Lunatic asylums in Bengal annual reports 1888-1898 - 1888-1898
Year: 1888
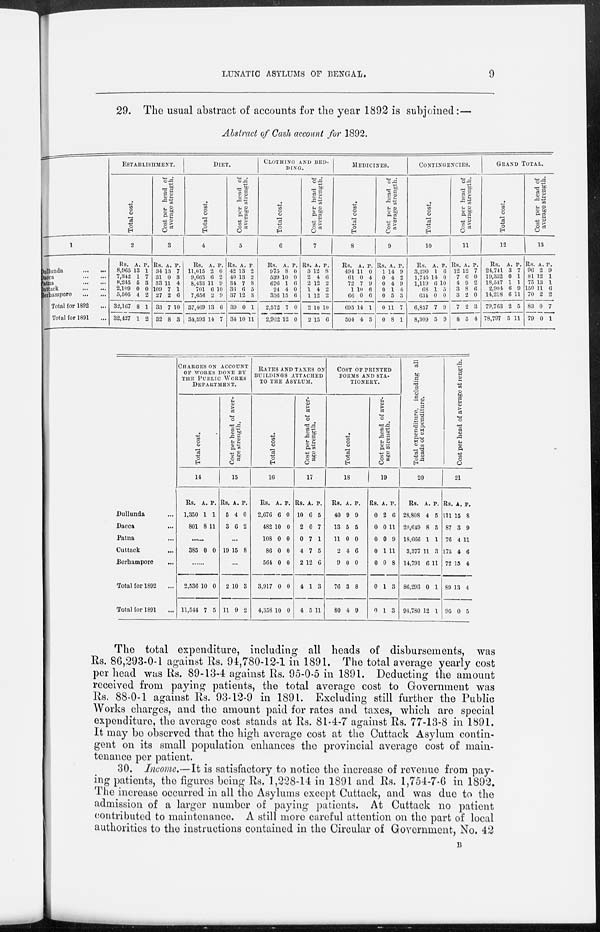
LUNATIC ASYLUMS OF BENGAL.
9
29. The usual abstract of accounts for the year 1892 is subjoined :—
Abstract of Cash account for 1892.
1
Dullunda
...
...
Dacca
...
...
Patna
...
...
Cuttack
...
...
Berhampore
...
...
Total for 1892 ...
Total for 1891 ...
ESTABLISHMENT.
Total cost.
2
Rs.
8,965
7,342
8,245
2,109
5,505
32,167
32,427
A.
13
1
5
0
4
8
1
P.
1
7
3
0
2
1
2
Cost per
head of
average strength.
3
Rs.
34
31
33
109
27
33
32
A.
13
0
11
7
2
7
8
P.
7
3
4
1
6
10
3
DIET.
Total cost.
4
Rs.
11,615
9,663
8,433
701
7,656
37,469
34,593
A.
2
6
11
6
2
13
14
P.
0
2
9
10
9
6
7
Cost per
head of
average strength.
5
Rs.
42
40
34
36
37
39
34
A.
13
13
7
6
12
0
10
P.
2
2
8
5
3
1
11
CLOTHING AND BED-
----.
Total cost.
6
Rs.
975
539
676
24
356
2,572
2,962
A.
8
10
1
4
15
7
12
P.
0
0
6
0
6
0
0
Cost per head of
average strength.
7
Rs.
3
2
2
1
1
2
2
A.
12
4
12
4
12
10
15
P.
8
6
2
2
2
10
6
MEDICINES.
Total cost.
8
Rs.
494
61
72
1
66
695
504
A.
11
0
7
10
0
14
4
P.
0
4
9
6
6
1
5
Cost per head of
average strength.
9
Rs.
1
0
0
0
0
0
0
A.
14
4
4
1
5
11
8
P.
9
2
9
4
3
7
1
CONTINGENCIES.
Total cost.
10
Rs.
3,290
1,745
1,119
68
634
6,857
8,309
A.
1
14
6
1
0
7
5
P.
6
0
10
5
0
9
9
Cost per head of
average strength.
11
Rs.
12
7
4
3
3
7
8
A.
12
6
9
8
2
2
5
P.
7
0
2
6
0
3
4
GRAND TOTAL.
Total cost.
12
Rs.
24,741
19,352
18,547
2,904
14,218
79,763
78,797
A.
3
0
1
6
0
2
5
P.
7
1
1
9
11
5
11
Cost per head of
average strength.
13
Rs.
96
81
75
150
70
83
79
A.
2
12
13
11
2
0
0
P.
9
1
1
6
2
7
1
Dullunda ...
Dacca ...
Patna ...
Cuttack ...
Berhampore ...
Total for 1892 ...
Total for 1891 ...
CHARGES ON ACCOUNT
OF WORKS DONE BY
THE PUBLIC WORKS
DEPARTMENT.
Total cost.
14
Rs.
1,350
801
A.
1
8
P.
1
11
......
385 0 0
......
2,536
11,544
10
7
0
5
Cost per head of aver-
age strength.
15
Rs.
5
3
A.
4
6
P.
0
2
...
19 15 8
...
2
11
10
9
3
2
RATES AND TAXES ON
BUILDINGS ATTACHED
TO THE ASYLUM.
Total cost.
16
Rs.
2,676
482
108
86
564
3,917
4,358
A.
6
10
0
0
0
0
10
P.
0
0
0
0
0
0
0
Cost per head of aver-
age strength.
17
Rs.
10
2
0
4
2
4
4
A.
6
0
7
7
12
1
5
P.
5
7
1
5
6
3
11
COST OF PRINTED
FORMS AND STA-
TIONERY.
Total cost.
18
Rs.
40
13
11
2
9
76
80
A.
9
5
0
4
0
3
4
P.
9
5
0
6
0
8
9
Cost per head of aver-
age strength.
19
Rs.
0
0
0
0
0
0
0
A.
2
0
0
1
0
1
1
P.
6
11
9
11
8
3
3
Total expenditure, including all
heads of expenditure.
20
Rs.
28,808
20,649
18,666
3,377
14,791
86,293
94,780
A.
4
8
1
11
6
0
12
P.
5
5
1
3
11
1
1
Cost per head of average strength.
21
Rs.
111
87
76
175
72
89
95
A.
15
3
4
4
15
13
0
P.
8
9
11
6
4
4
5
The total expenditure, including all heads of disbursements, was
Rs. 86,293-0-1 against Rs. 94,780-12-1 in 1891. The total average yearly cost
per head was Rs. 89-13-4 against Rs. 95-0-5 in 1891. Deducting the amount
received from paying patients, the total average cost to Government was
Rs. 88-0-1 against Rs. 93-12-9 in 1891. Excluding still further the Public
Works charges, and the amount paid for rates and taxes, which are special
expenditure, the average cost stands at Rs. 81-4-7 against Rs. 77-13-8 in 1891.
It may be observed that the high average cost at the Cuttack Asylum contin-
gent on its small population enhances the provincial average cost of main-
tenance per patient.
30. Income.—It is satisfactory to notice the increase of revenue from pay-
ing patients, the figures being Rs. 1,228-14 in 1891 and Rs. 1,754-7-6 in 1892.
The increase occurred in all the Asylums except Cuttack, and was due to the
admission of a larger number of paying patients. At Cuttack no patient
contributed to maintenance. A still more careful attention on the part of local
authorities to the instructions contained in the Circular of Government, No. 42
B